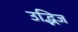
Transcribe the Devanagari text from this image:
उद्भिज